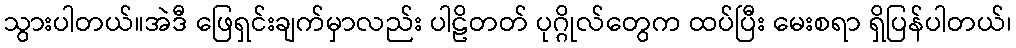
သွားပါတယ်။အဲဒီ ဖြေရှင်းချက်မှာလည်း ပါဠိတတ် ပုဂ္ဂိုလ်တွေက ထပ်ပြီး မေးစရာ ရှိပြန်ပါတယ်၊